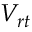
V _ { r t }